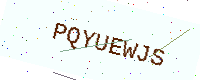
Text: PQYUEWJS